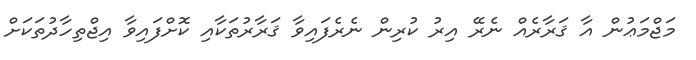
މަޖްމަޢުން އާ ޤަރާރެއް ނެރޭ އިރު ކުރިން ނެރެފައިވާ ޤަރާރުތަކާއި ކޮށްފައިވާ އިޖްތިހާދުތަކަށް